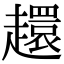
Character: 𧾎